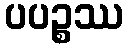
ပပဉ္စဿ